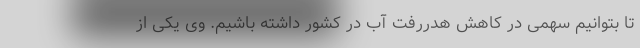
تا بتوانیم سهمی در کاهش هدررفت آب در کشور داشته باشیم. وی یکی از